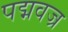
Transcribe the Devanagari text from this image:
पद्मवज्र